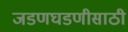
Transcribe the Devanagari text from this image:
जडणघडणीसाठी